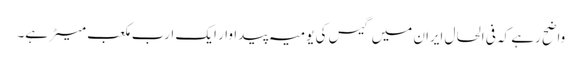
واضح رہے کہ فی الحال ایران میں گیس کی یومیہ پیداوار ایک ارب مکعب میٹر ہے۔